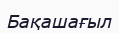
Бақашағыл